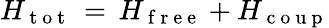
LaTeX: H_{\mathrm{~t~o~t~}}\, =\, H_{\mathrm{~f~r~e~e~}}+H_{\mathrm{~c~o~u~p~}}